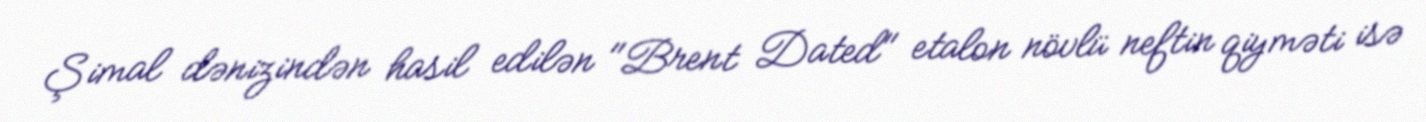
Şimal dənizindən hasil edilən "Brent Dated" etalon növlü neftin qiyməti isə